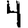
Digit: 4